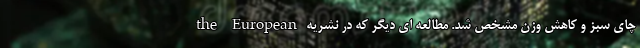
چای سبز و کاهش وزن مشخص شد. مطالعه ای دیگر که در نشریه the European